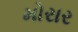
મોરાર